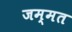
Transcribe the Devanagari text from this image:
जम्मत